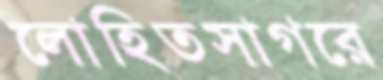
লোহিতসাগরে